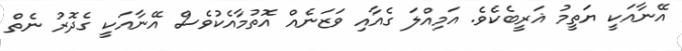
އޭނާއަކީ ޔަތީމު ޣަރީބެކެވެ. އަމިއްލަ ގެއާއި ވަޒަނެއް އޮތުމާއެކުވެސް އޭނާއަކީ ގެދޮރު ނެތް